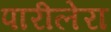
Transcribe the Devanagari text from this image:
पारीलेरा